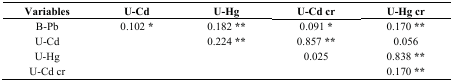
| Variables | U-Cd | U-Hg | U-Cd cr | U-Hg cr |
 | --- | --- | --- | --- | --- |
 | B-Pb | 0.102 * | 0.182 ** | 0.091 * | 0.170 ** |
 | U-Cd |  | 0.224 ** | 0.857 ** | 0.056 |
 | U-Hg |  |  | 0.025 | 0.838 ** |
 | U-Cd cr |  |  |  | 0.170 ** |